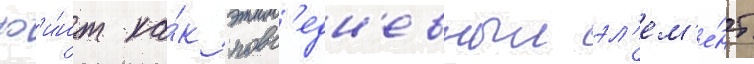
ф'и́нт ка́к повс'едн'евныи эл'ем'е́нт